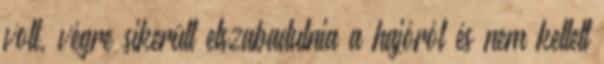
volt, végre sikerült elszabadulnia a hajóról és nem kellett